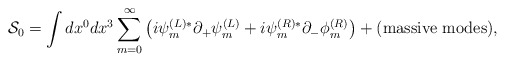
\begin{align*}{\cal S}_0=\int dx^0 dx^3 \sum_{m=0}^\infty \left( i\psi_m^{(L)*} \partial_{+}\psi_m^{(L)} + i\psi_m^{(R)*}\partial_{-}\phi_m^{(R)}\right)+(\mbox{massive modes}),\end{align*}